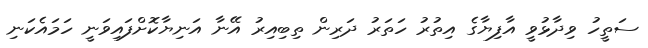
ސަތީހު ވިދާޅުވީ އާފިޔާގެ އިތުރު ހަތަރު ދަރިން ތިބިއިރު އޭނާ އަނިޔާކޮށްފައިވަނީ ހަމައެކަނި